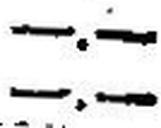
—.—